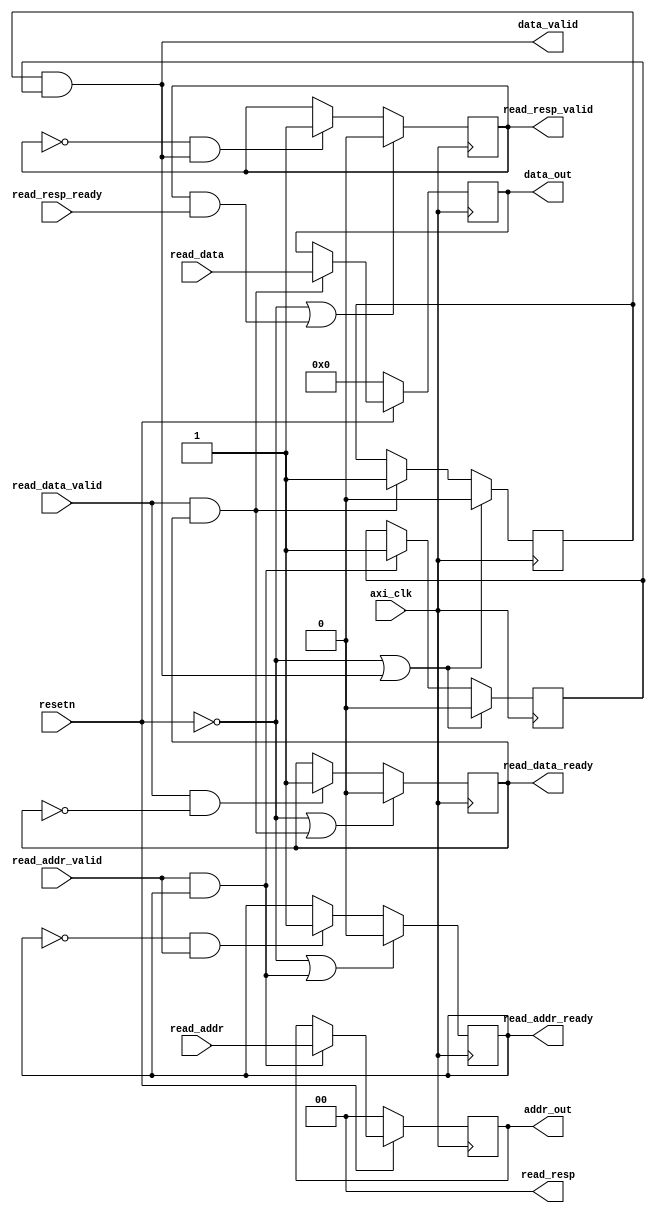
module AXI4_read #(parameter ADDRESS_WIDTH = 2)
(
    input axi_clk,
    input resetn,    // AXI is reset low

    // read address channel
    input  [ADDRESS_WIDTH - 1 : 0] read_addr,
    input  read_addr_valid,
    output reg read_addr_ready,

    // read data channel
    input  [31 : 0] read_data,
    input  read_data_valid,
    output reg read_data_ready,

    // read response channel
    output [ADDRESS_WIDTH - 1 : 0] read_resp,
    input  read_resp_ready,
    output reg read_resp_valid,

    output  [31 : 0] data_out,                    // data outout from external logic
    output  [ADDRESS_WIDTH - 1 : 0] addr_out,     // address input from external logic
    output  data_valid                            // signal indicating input data and address are valid
);

    reg addr_done;
    reg data_done;

    assign data_valid = data_done & addr_done;

    // flip flops for latching data
    reg [31 : 0] data_latch;
    reg [ADDRESS_WIDTH - 1 : 0] addr_latch;

    assign data_out = data_latch;
	assign addr_out = addr_latch;

    
    assign read_resp = {2'b0}; // always indicate OKAY status for reads

    // read address handshake
    always @(posedge axi_clk)
    begin
        if (~resetn | (read_addr_valid & read_addr_ready))
            read_addr_ready <= 0;
        else if (~read_addr_ready & read_addr_valid)
            read_addr_ready <= 1;
    end

    // read data handshake
    always @(posedge axi_clk)
    begin
        if (~resetn | (read_data_valid & read_data_ready))
            read_data_ready <= 0;
        else if (read_data_valid & ~read_data_ready)
            read_data_ready <= 1;
    end

    // keep track of which handshakes completed
    always @(posedge axi_clk)
    begin
        if (resetn == 0 || (addr_done & data_done)) // reset or both phases done
        begin
            addr_done <= 0;
            data_done <= 0;
        end
        else
        begin    
            if (read_addr_valid & read_addr_ready) // look for address handshake
                addr_done <= 1;
            
            if (read_data_valid & read_data_ready) // look for data handshake
                data_done <= 1;    
        end
    end

    // latching logic
    always @(posedge axi_clk)
    begin
        if (resetn == 0) // reset values
        begin
            data_latch <= 32'd0;
            addr_latch <= {ADDRESS_WIDTH{1'b0}};
        end
        else
        begin
            if (read_data_valid & read_data_ready) // look for data handshake
                data_latch <= read_data;
            
            if (read_addr_valid & read_addr_ready) // look for address handshake
                addr_latch <= read_addr;
        end
    end

    // read response logic
    always @(posedge axi_clk)
    begin    
        if (resetn == 0 | (read_resp_valid & read_resp_ready))
            read_resp_valid <= 0;
        else if (~read_resp_valid & (data_done & addr_done))
            read_resp_valid <= 1;    
    end

endmodule